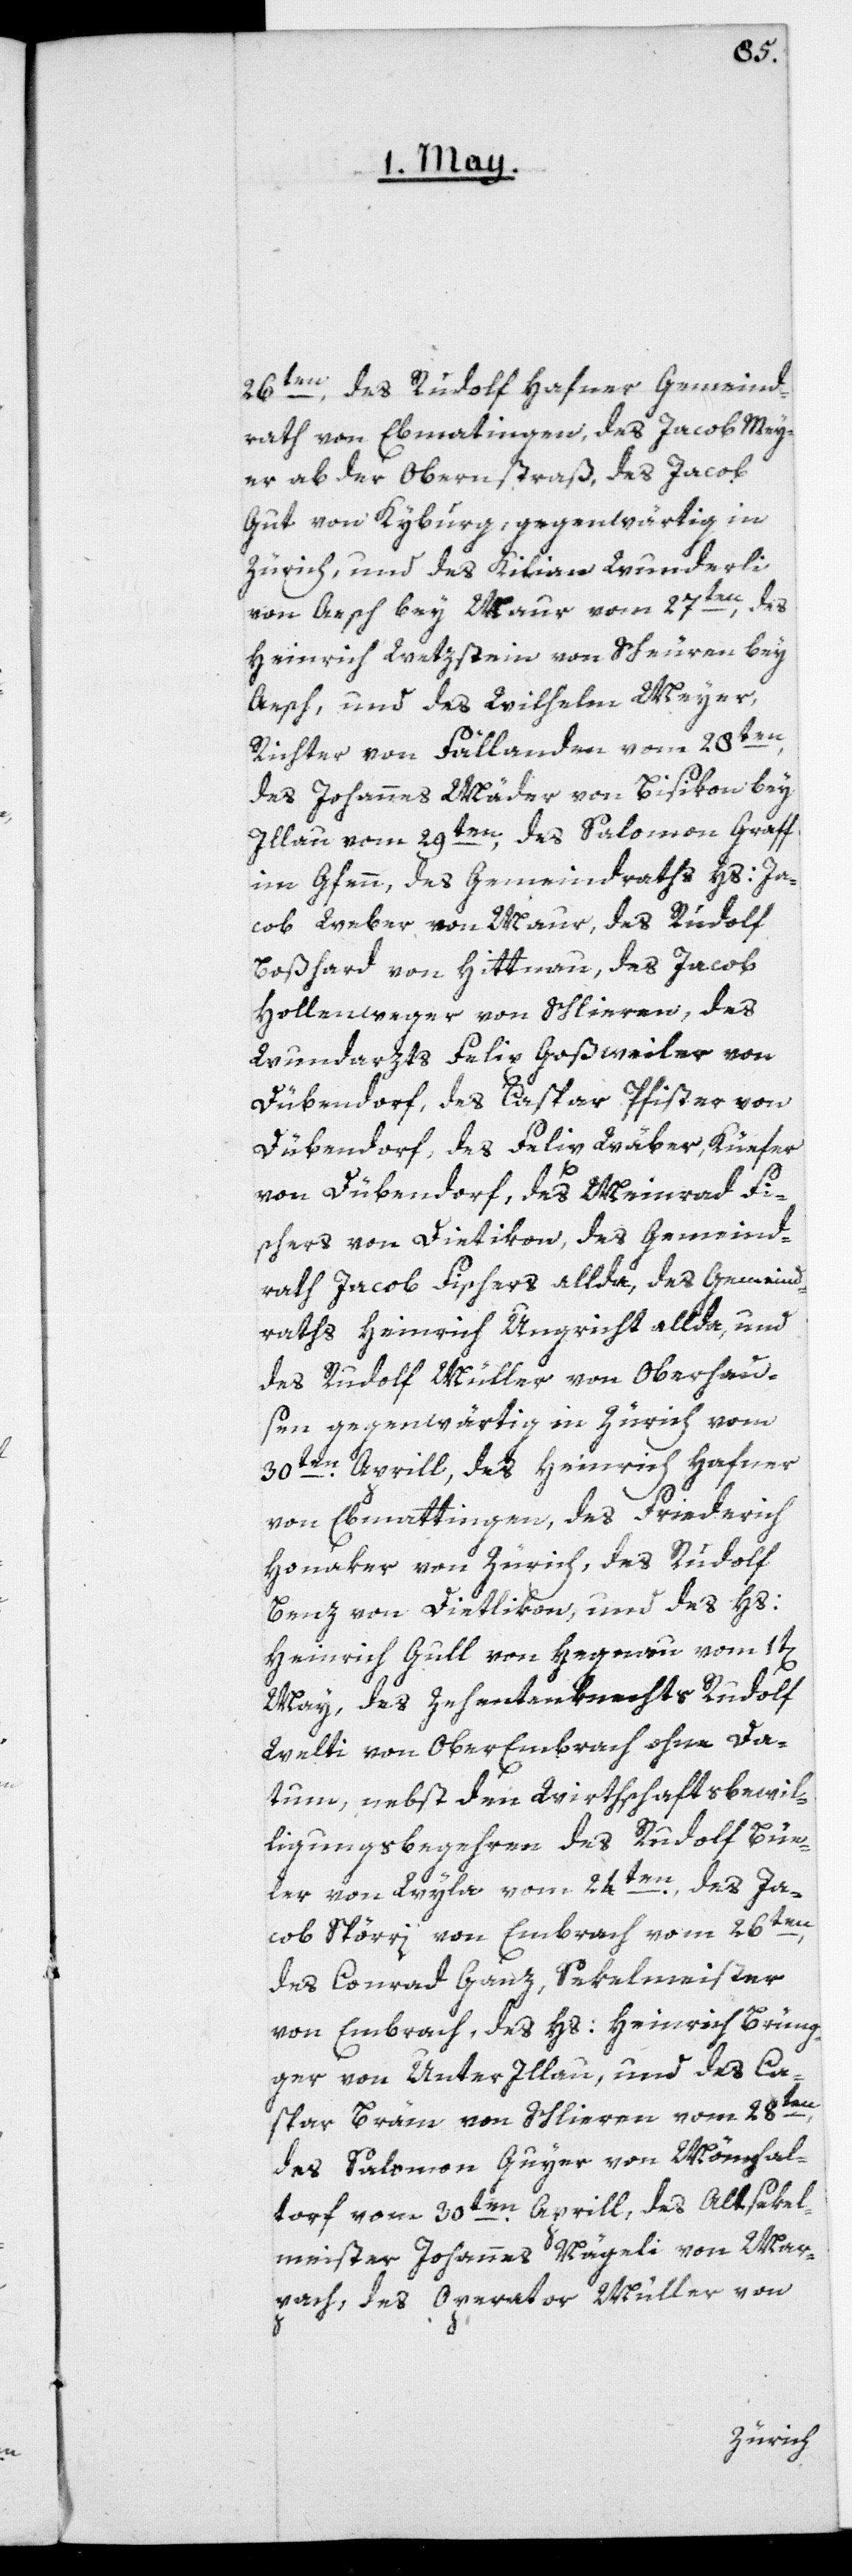
26ten, des Rudolf Hafner, Gemeind¬
rath von Ebmatingen, des Jacob Mey¬
er ab der Obernstraß, des Jacob
Gut von Kyburg, gegenwärtig in
Zürich, und des Kilian Wunderli
von Aesch bey Maur vom 27ten, des
Heinrich Wetzstein von Scheuren bey
Aesch, und des Wilhelm Meyer,
Richter von Fällanden, vom 28ten,
des Johannes Mäder von Bisikon bey
Illnau vom 29ten, des Salomon Graff
im Gfenn, des Gemeindraths Hs: Ja¬
cob Weber von Maur, des Rudolf
Boßhard von Hittnau, des Jacob
Hollenweger von Schlieren, des
Wundarzts Felix Goßweiler von
Dübendorf, des Caspar Pfister von
Dübendorf, des Felix Wäber, Küefer
von Dübendorf, des Meinrad Fi¬
scher von Dietikon, des Gemeind¬
raths Jacob Fischers allda, des Gemeind¬
raths Heinrich Ungricht allda, und
des Rudolf Müller von Oberhau¬
sen gegenwärtig in Zürich vom
30ten Aprill; des Heinrich Hafner
von Ebmattingen, des Friedrich
Honeker von Zürich, des Rudolf
Benz von Dietlikon, und des Hs:
Heinrich Gull von Hagenau vom 1t[en]
May, des Zehentenknechts Rudolf
Welti von Ober Embrach ohne Da¬
tum, nebst den Wirthschaftbewil¬
ligungsbegehren des Rudolf Büe¬
ler von Wyla vom 24ten, des Ja¬
cob Spörri von Embrach vom 26ten,
des Conrad Ganz, Sekelmeister
von Embrach, des Hs: Heinrich Brüng¬
ger von Unter Illnau, und des Ca¬
spar Bräm von Schlieren vom 28ten,
des Salomon Guyer von Mönchal¬
torf vom 30ten Aprill, des Altsekel¬
meister Johannes Nägeli von Mar¬
bach, des Operator Müller von